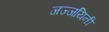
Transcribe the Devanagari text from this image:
जज्जयिनी